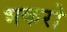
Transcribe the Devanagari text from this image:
भकरो